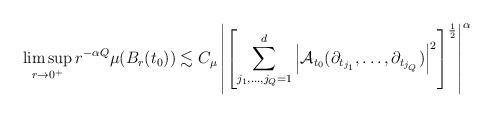
LaTeX: \begin{align*} \limsup_{r \rightarrow 0^+} r^{-\alpha Q} \mu(B_r(t_0)) \lesssim C_\mu \left| \left[ \sum_{j_1,\ldots,j_Q=1}^d \left| {\mathcal A}_{t_0} (\partial_{t_{j_1}},\ldots,\partial_{t_{j_Q}}) \right|^2 \right]^{\frac{1}{2}} \right|^{\alpha} \end{align*}